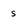
Character: s